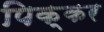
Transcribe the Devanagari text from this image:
पिक्कर